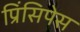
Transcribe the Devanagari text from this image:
प्रिंसिपेस